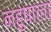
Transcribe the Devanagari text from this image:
नहुषाला